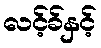
လင့်ခ်နှင့်